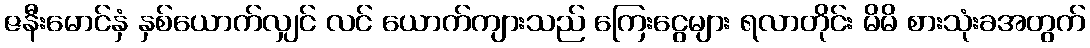
ဇနီးမောင်နှံ နှစ်ယောက်လျှင် လင် ယောက်ကျားသည် ကြေးငွေများ ရလာတိုင်း မိမိ စားသုံးခအတွက်